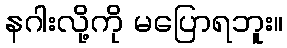
နဂါးလို့ကို မပြောရဘူး။